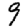
Digit: 9